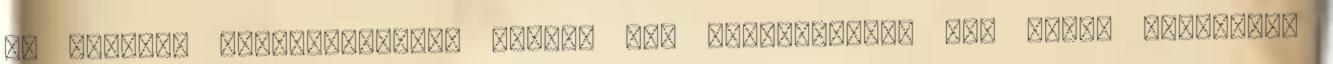
fő közötti foglalkoztatás esetén 40% szerepeljen. Aki ezzel egyetért,